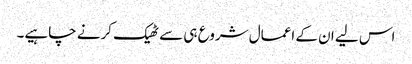
اس لیے ان کے اعمال شروع ہی سے ٹھیک کرنے چاہیے۔